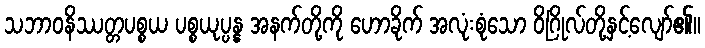
သဘာဝနိဿတ္တပစ္စယ ပစ္စယုပ္ပန္န အနက်တို့ကို ဟောခိုက် အလုံးစုံသော ဝိဂြိုလ်တို့နှင့်လျော်၏။